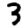
Digit: 3